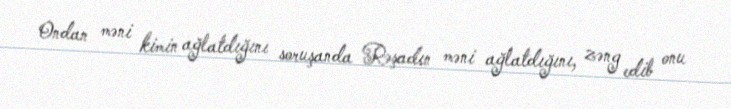
Ondan məni kimin ağlatdığını soruşanda Rəşadın məni ağlatdığını, zəng edib onu